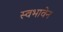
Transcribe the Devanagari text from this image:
स्वभावेन